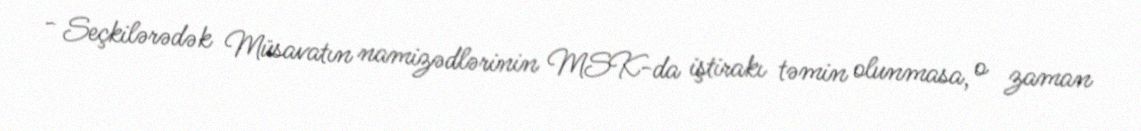
- Seçkilərədək Müsavatın namizədlərinin MSK-da iştirakı təmin olunmasa, o zaman